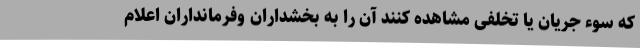
که سوء جریان یا تخلفی مشاهده کنند آن را به بخشداران و‌فرمانداران اعلام